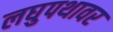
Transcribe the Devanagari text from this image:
लघुपथावर